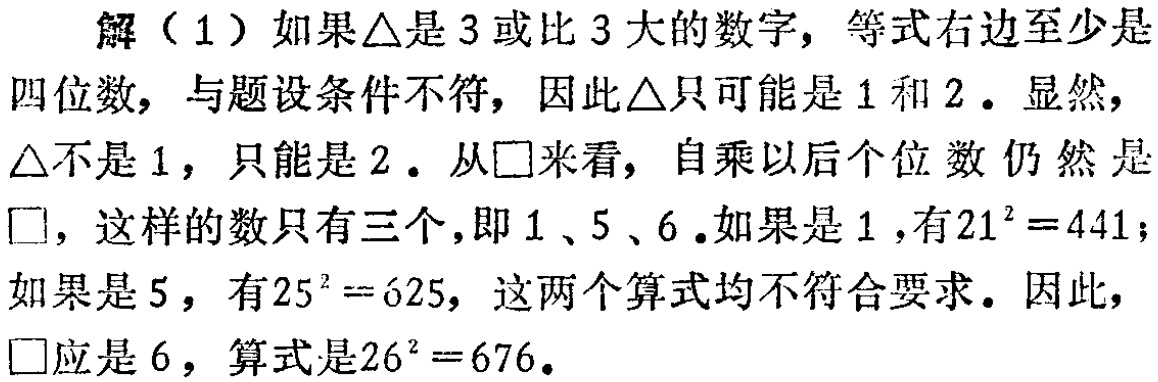
解（1）如果$\triangle$是$3$或比$3$大的数字，等式右边至少是四位数，与题设条件不符，因此$\triangle$只可能是$1$和$2$。显然，$\triangle$不是$1$，只能是$2$。从$\square$来看，自乘以后个位数仍然是$\square$，这样的数只有三个，即$1$、$5$、$6$。如果是$1$，有$21^{2}=441$；如果是$5$，有$25^{2}=625$，这两个算式均不符合要求。因此，$\square$应是$6$，算式是$26^{2}=676$。